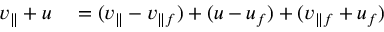
\begin{array} { r l } { v _ { \parallel } + u } & { { } = ( v _ { \parallel } - v _ { \parallel f } ) + ( u - u _ { f } ) + ( v _ { \parallel f } + u _ { f } ) } \end{array}